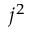
j ^ { 2 }